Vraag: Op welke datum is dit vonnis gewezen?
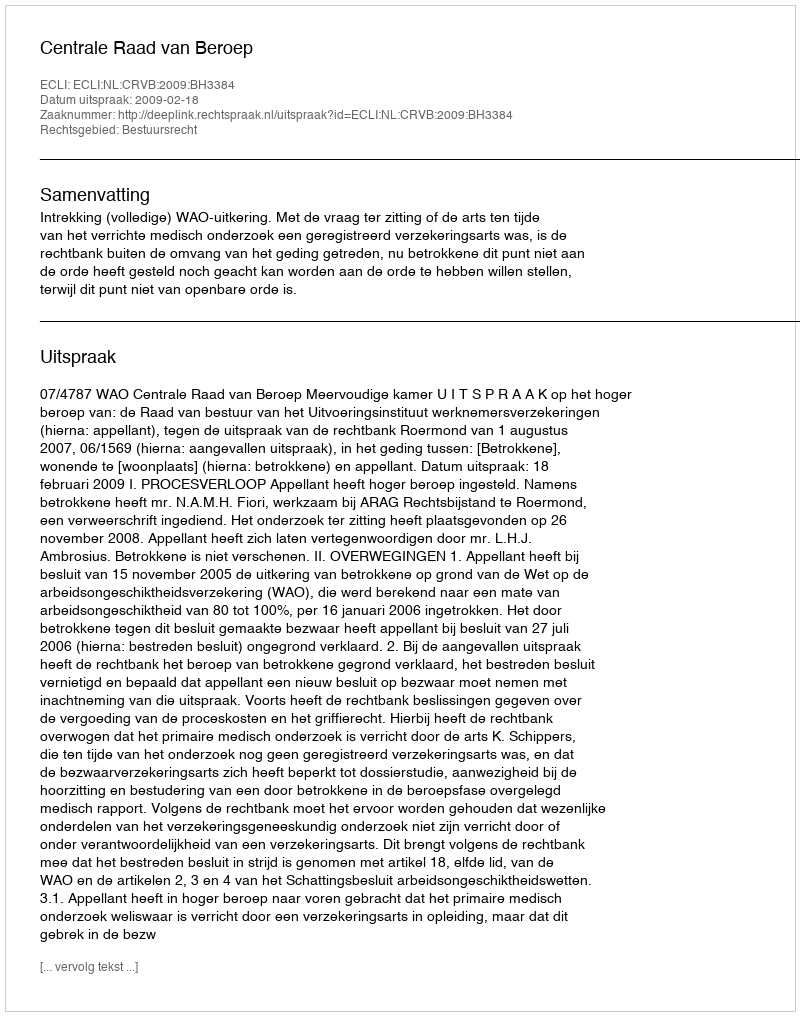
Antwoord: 2009-02-18